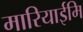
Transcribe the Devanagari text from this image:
मारियाईमि